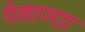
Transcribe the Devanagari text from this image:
येखाण्द्या